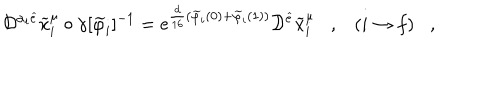
{ \cal D } ^ { \alpha _ { i } \widehat { e } } \widetilde { x } _ { i } ^ { \mu } \circ \gamma [ \widetilde { \varphi } _ { i } ] ^ { - 1 } = \mathrm { e } ^ { \frac { d } { 1 6 } ( \widetilde { \varphi } _ { i } ( 0 ) + \widetilde { \varphi } _ { i } ( 1 ) ) } { \cal D } ^ { \widehat { e } } \widetilde { x } _ { i } ^ { \mu } , ( i \rightarrow f ) ,